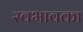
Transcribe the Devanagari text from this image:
स्वभावका